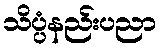
သိပ္ပံနည်းပညာ